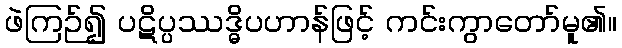
ဖဲကြဉ်၍ ပဋိပ္ပဿဒ္ဓိပဟာန်ဖြင့် ကင်းကွာတော်မူ၏။